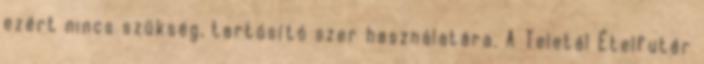
ezért nincs szükség, tartósító szer használatára. A Teletál Ételfutár